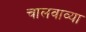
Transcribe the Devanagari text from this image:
चालवाव्या